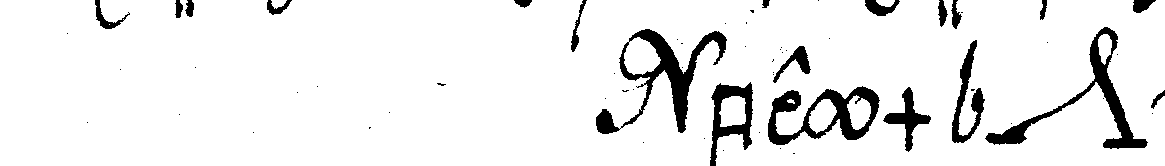
beym *nee*  .